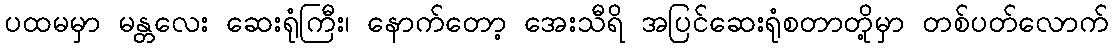
ပထမမှာ မန္တလေး ဆေးရုံကြီး၊ နောက်တော့ အေးသီရိ အပြင်ဆေးရုံစတာတို့မှာ တစ်ပတ်လောက်